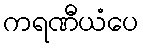
ကရဏီယံပေ